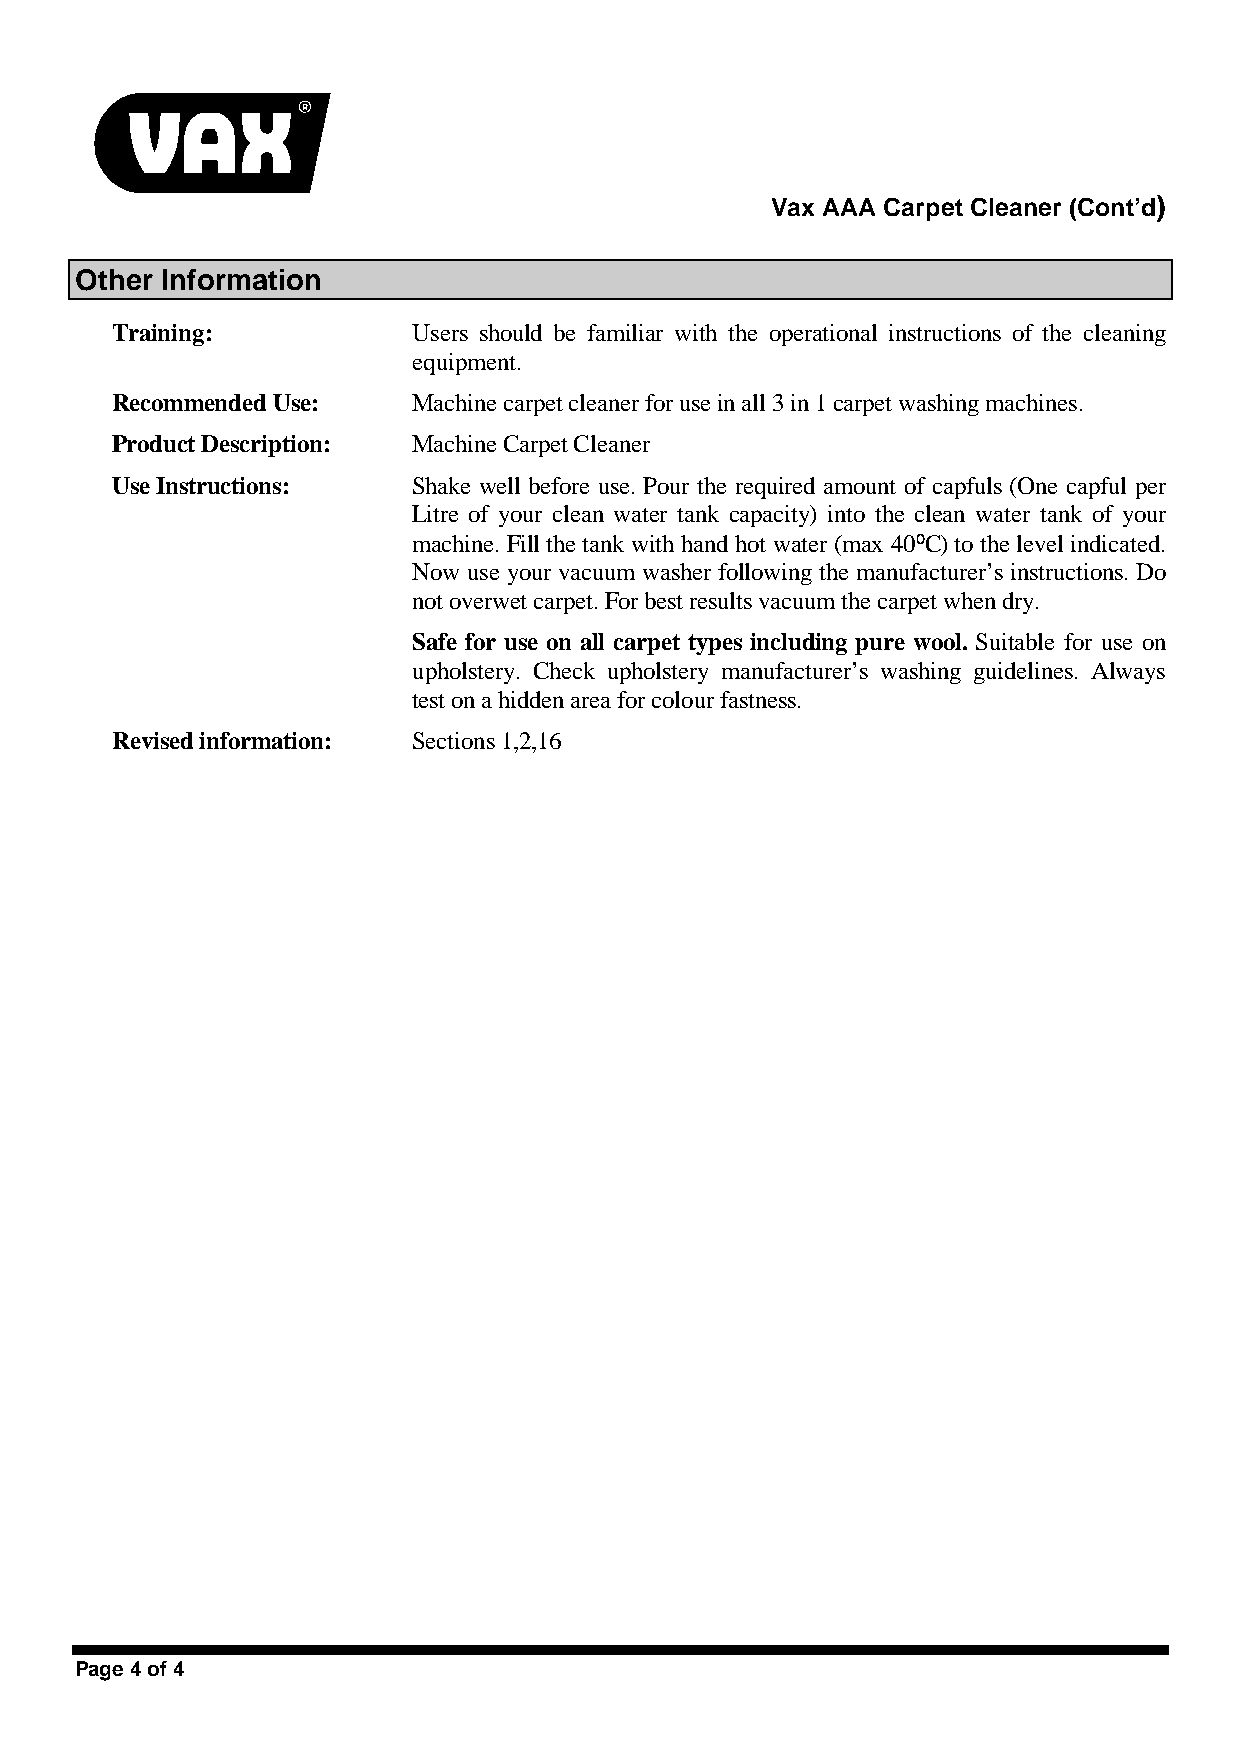
Vax AAA Carpet Cleaner (Cont’d)
 Other Information
 Training:           Users should be familiar with the operational instructions of the cleaning
 equipment.
 Recommended Use:    Machine carpet cleaner for use in all 3 in 1 carpet washing machines.
 Product Description: Machine Carpet Cleaner
 Use Instructions:   Shake well before use. Pour the required amount of capfuls (One capful per
 Litre of your clean water tank capacity) into the clean water tank of your
 machine. Fill the tank with hand hot water (max 40ºC) to the level indicated.
 Now use your vacuum washer following the manufacturer’s instructions. Do
 not overwet carpet. For best results vacuum the carpet when dry.
 Safe for use on all carpet types including pure wool. Suitable for use on
 upholstery. Check upholstery manufacturer’s washing guidelines. Always
 test on a hidden area for colour fastness.
 Revised information: Sections 1,2,16
 Page 4 of 4